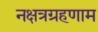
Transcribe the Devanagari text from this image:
नक्षत्रग्रहणाम